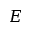
E